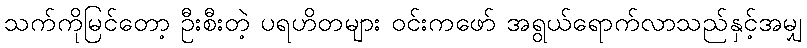
သက်ကိုမြင်တော့ ဦးစီးတဲ့ ပရဟိတများ ဝင်းကဖော် အရွယ်ရောက်လာသည်နှင့်အမျှ